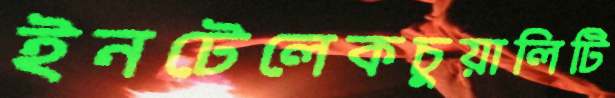
ইনটেলেকচুয়ালিটি